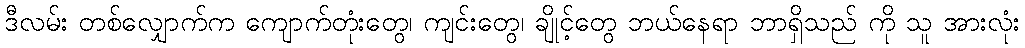
ဒီလမ်း တစ်လျှောက်က ကျောက်တုံးတွေ၊ ကျင်းတွေ၊ ချိုင့်တွေ ဘယ်နေရာ ဘာရှိသည် ကို သူ အားလုံး